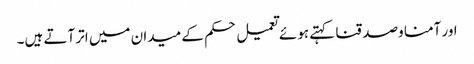
اور آمنا وصدقنا کہتے ہوئے تعمیل حکم کے میدان میں اتر آتے ہیں۔